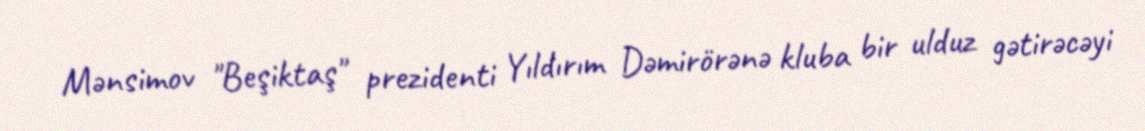
Mənsimov "Beşiktaş" prezidenti Yıldırım Dəmirörənə kluba bir ulduz gətirəcəyi